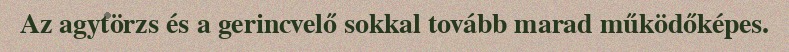
Az agytörzs és a gerincvelő sokkal tovább marad működőképes.